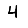
Digit: 4